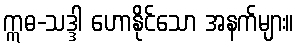
ဣဓ-သဒ္ဒါ ဟောနိုင်သော အနက်များ။